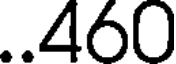
..460